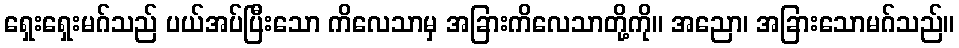
ရှေးရှေးမဂ်သည် ပယ်အပ်ပြီးသော ကိလေသာမှ အခြားကိလေသာတို့ကို။ အညော၊ အခြားသောမဂ်သည်။